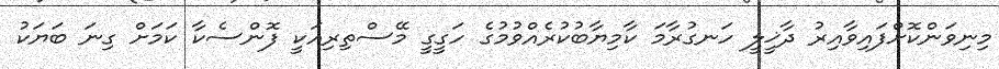
މިނިވަންކޮށްފައިވާއިރު ދާޚީލީ ހަނގުރާމަ ކާމިޔާބުކުރެއްވުމުގެ ހަގީގީ މޭސްތިރިއަކީ ފޮންސެކާ ކަމަށް ގިނަ ބަޔަކު